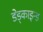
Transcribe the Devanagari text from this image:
डेड्काइन्ड